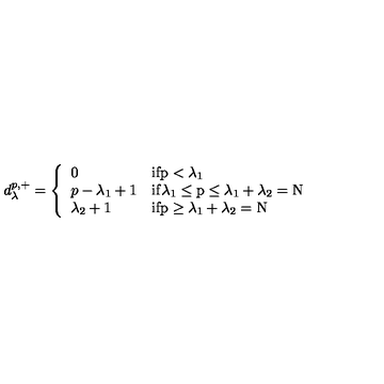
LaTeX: d _ { \lambda } ^ { p , + } = \left\{ \begin{array} { l l l } { 0 } & { \mathrm { i f p < \lambda _ 1 } } \\ { p - \lambda _ { 1 } + 1 } & { \mathrm { i f \lambda _ 1 \leq p \leq \lambda _ 1 + \lambda _ 2 = N } } \\ { \lambda _ { 2 } + 1 } & { \mathrm { i f p \geq \lambda _ 1 + \lambda _ 2 = N } } \\ \end{array} \right.